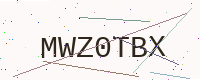
Text: MWZ0TBX